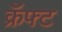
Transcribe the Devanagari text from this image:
क्रॅफ्ट